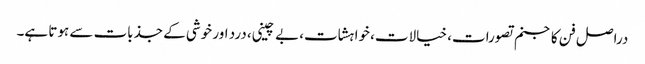
دراصل فن کا جنم تصورات، خیالات، خواہشات، بے چینی، درد اور خوشی کے جذبات سے ہوتا ہے۔